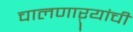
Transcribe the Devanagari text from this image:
चालणाऱ्यांची